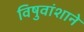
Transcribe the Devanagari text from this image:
विषुवांशाने